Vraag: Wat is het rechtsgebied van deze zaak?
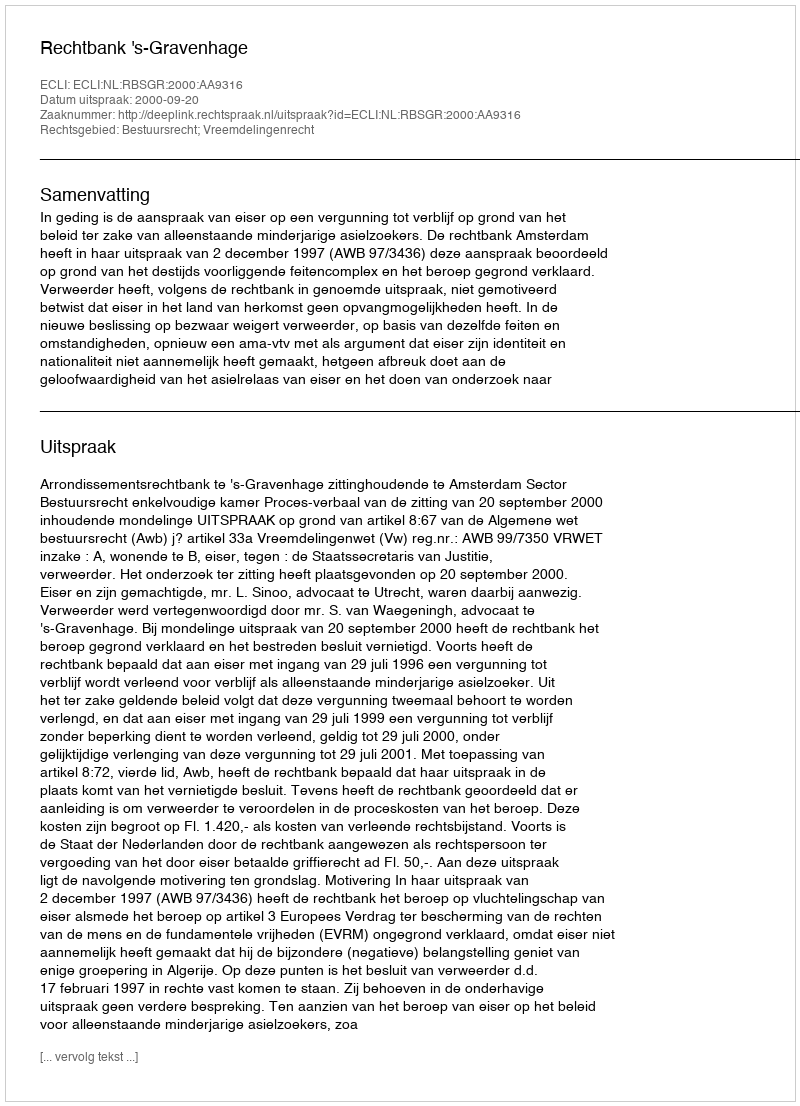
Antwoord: Bestuursrecht; Vreemdelingenrecht